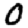
Digit: 0